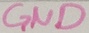
Text: GND